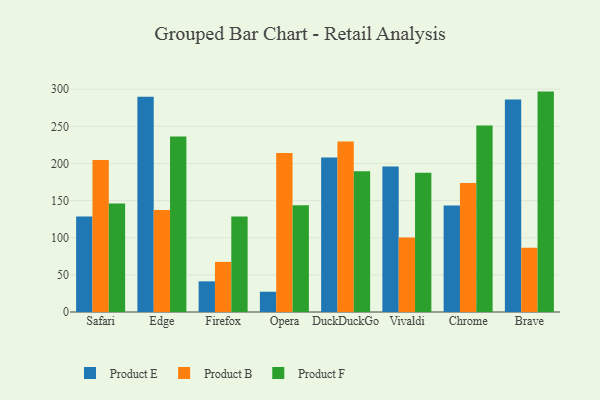
{"axis": {"x": "Browser", "y": "Tickets Resolved"}, "legend": ["Product B", "Product E", "Product F"], "data": [{"x": "Safari", "y": 128.6, "type": "Product E"}, {"x": "Safari", "y": 204.6, "type": "Product B"}, {"x": "Safari", "y": 146.1, "type": "Product F"}, {"x": "Edge", "y": 289.7, "type": "Product E"}, {"x": "Edge", "y": 137.3, "type": "Product B"}, {"x": "Edge", "y": 236.5, "type": "Product F"}, {"x": "Firefox", "y": 41.3, "type": "Product E"}, {"x": "Firefox", "y": 67.5, "type": "Product B"}, {"x": "Firefox", "y": 128.6, "type": "Product F"}, {"x": "Opera", "y": 27.3, "type": "Product E"}, {"x": "Opera", "y": 214.0, "type": "Product B"}, {"x": "Opera", "y": 143.8, "type": "Product F"}, {"x": "DuckDuckGo", "y": 208.2, "type": "Product E"}, {"x": "DuckDuckGo", "y": 229.5, "type": "Product B"}, {"x": "DuckDuckGo", "y": 189.6, "type": "Product F"}, {"x": "Vivaldi", "y": 195.8, "type": "Product E"}, {"x": "Vivaldi", "y": 100.4, "type": "Product B"}, {"x": "Vivaldi", "y": 187.6, "type": "Product F"}, {"x": "Chrome", "y": 143.3, "type": "Product E"}, {"x": "Chrome", "y": 173.7, "type": "Product B"}, {"x": "Chrome", "y": 251.0, "type": "Product F"}, {"x": "Brave", "y": 286.1, "type": "Product E"}, {"x": "Brave", "y": 86.4, "type": "Product B"}, {"x": "Brave", "y": 296.8, "type": "Product F"}]}